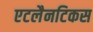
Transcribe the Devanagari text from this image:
एटलैनटिकस